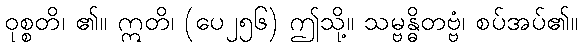
ဝုစ္စတိ၊ ၏။ ဣတိ၊ (ပေ၂၅၆) ဤသို့။ သမ္ဗန္ဓိတဗ္ဗံ၊ စပ်အပ်၏။